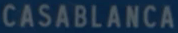
CASABLANCA